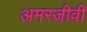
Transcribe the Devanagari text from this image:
अमरजीवी